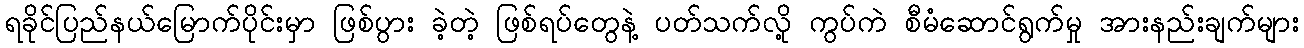
ရခိုင်ပြည်နယ်မြောက်ပိုင်းမှာ ဖြစ်ပွား ခဲ့တဲ့ ဖြစ်ရပ်တွေနဲ့ ပတ်သက်လို့ ကွပ်ကဲ စီမံဆောင်ရွက်မှု အားနည်းချက်များ